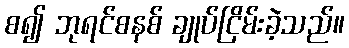
စ၍ ဘုရင်စနစ် ချုပ်ငြိမ်းခဲ့သည်။